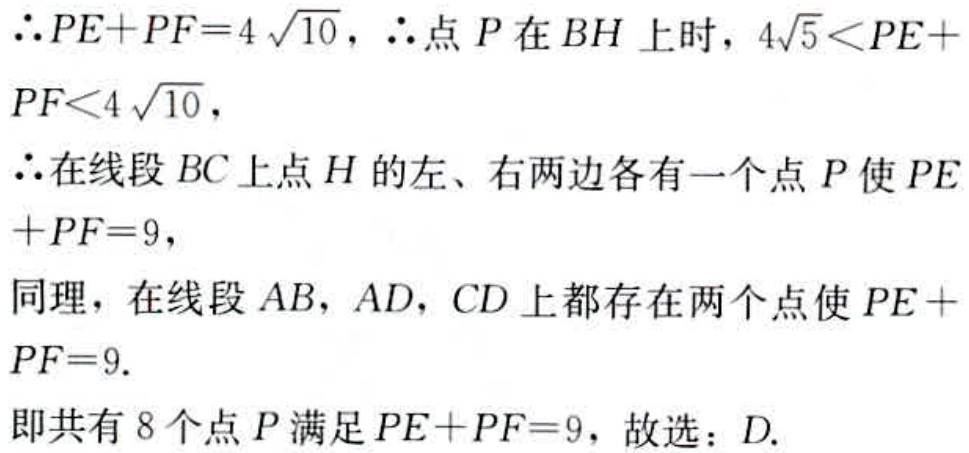
$\therefore PE + PF = 4\sqrt{10}$，$\therefore$点$P$在$BH$上时，$4\sqrt{5}<PE + PF<4\sqrt{10}$，
$\therefore$在线段$BC$上点$H$的左、右两边各有一个点$P$使$PE + PF = 9$，
同理，在线段$AB$，$AD$，$CD$上都存在两个点使$PE + PF = 9$.
即共有$8$个点$P$满足$PE + PF = 9$，故选：$D$.